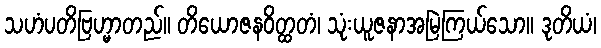
သဟံပတိဗြဟ္မာတည်။ တိယောဇနဝိတ္ထတံ၊ သုံးယူဇနာအမြဲကြယ်သော။ ဒုတိယံ၊